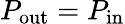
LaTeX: P_{\mathrm{out}}=P_{\mathrm{in}}